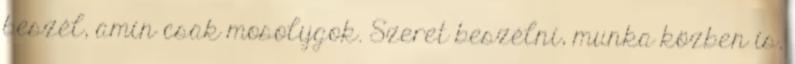
beszél, amin csak mosolygok. Szeret beszélni, munka közben is.